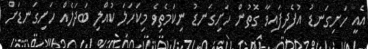
އެއީ ހަށިގަނޑު އުފެދިފައިވާ ގޮތުން ހަށިގަނޑު ނިކަމެތިވެ މިކަހަލަ ކުއްލި ބަދަލެއް ހަށިގަނޑަށް